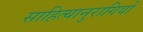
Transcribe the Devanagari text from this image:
साहित्यानुरागियों